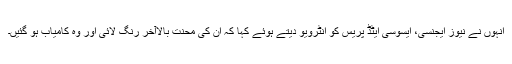
انہوں نے نیوز ایجنسی، ایسوسی ایٹڈ پریس کو انٹرویو دیتے ہوئے کہا کہ ان کی محنت بالاآخر رنگ لائی اور وہ کامیاب ہو گئیں۔